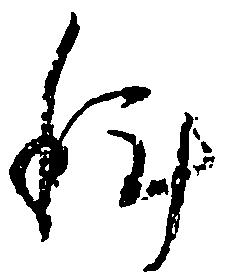
科